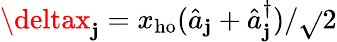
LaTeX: \deltax_{\mathbf{j}}=x_{\mathrm{{ho}}}(\hat{{a}}_{\mathbf{j}}+\hat{{a}}_{\mathbf{j}}^{\dagger})/\sqrt{}{{2}}